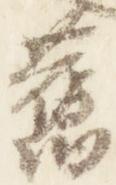
旧